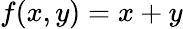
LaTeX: f(x,y)=x+y